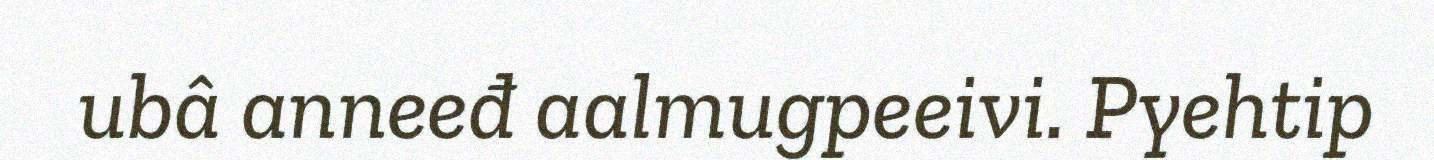
ubâ anneeđ aalmugpeeivi. Pyehtip